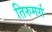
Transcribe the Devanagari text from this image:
तिरुमर्ग